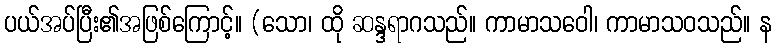
ပယ်အပ်ပြီး၏အဖြစ်ကြောင့်။ (သော၊ ထို ဆန္ဒရာဂသည်။ ကာမာသဝေါ၊ ကာမာသဝသည်။ န